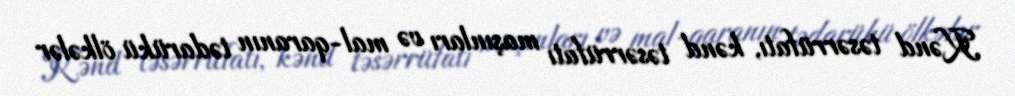
Kənd təsərrüfatı, kənd təsərrüfatı maşınları və mal-qaranın tədarükü ölkələr